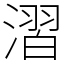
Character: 漝